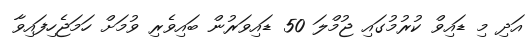
އަދި މި ޑައިވް ކުރުމުގައި ޖުމްލަ 50 ޑައިވަރުން ބައިވެރި ވުމަށް ހަމަޖެހިފައިވާ